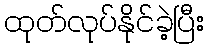
ထုတ်လုပ်နိုင်ခဲ့ပြီး